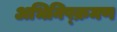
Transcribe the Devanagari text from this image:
अभिनिष्क्रमण